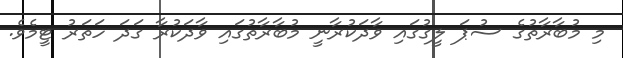
މި މުބާރާތުގެ ސުޕަ ލީގުގައި ވާދަކުރާނީ މުބާރާތުގައި ވާދަކުރާ ގަދަ ހަތަރު ޓީމެވެ.